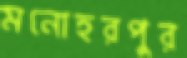
মনোহরপুর